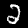
Digit: 2